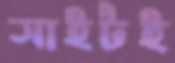
সাইটই